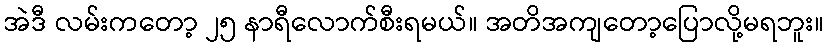
အဲဒီ လမ်းကတော့ ၂၅ နာရီလောက်စီးရမယ်။ အတိအကျတော့ပြောလို့မရဘူး။